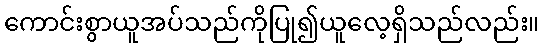
ကောင်းစွာယူအပ်သည်ကိုပြု၍ယူလေ့ရှိသည်လည်း။